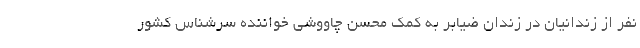
نفر از زندانیان در زندان ضیابر به کمک محسن چاووشی خواننده سرشناس کشور